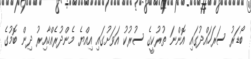
ބޯޑަރު ސަރަހައްދުގައި އޮންނަ ތުރުކީގެ ސުރުުކު އަވަށުގައި އިއްޔެ މެންދުރެއްހާއިރު ދިން ބޮމުގެ